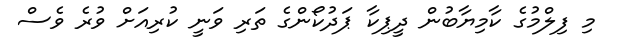
މި ފިލްމުގެ ކާމިޔާބުން ދީޕިކާ ޕަދުކޯންގެ ތަރި ވަނީ ކުރިއަށް ވުރެ ވެސް